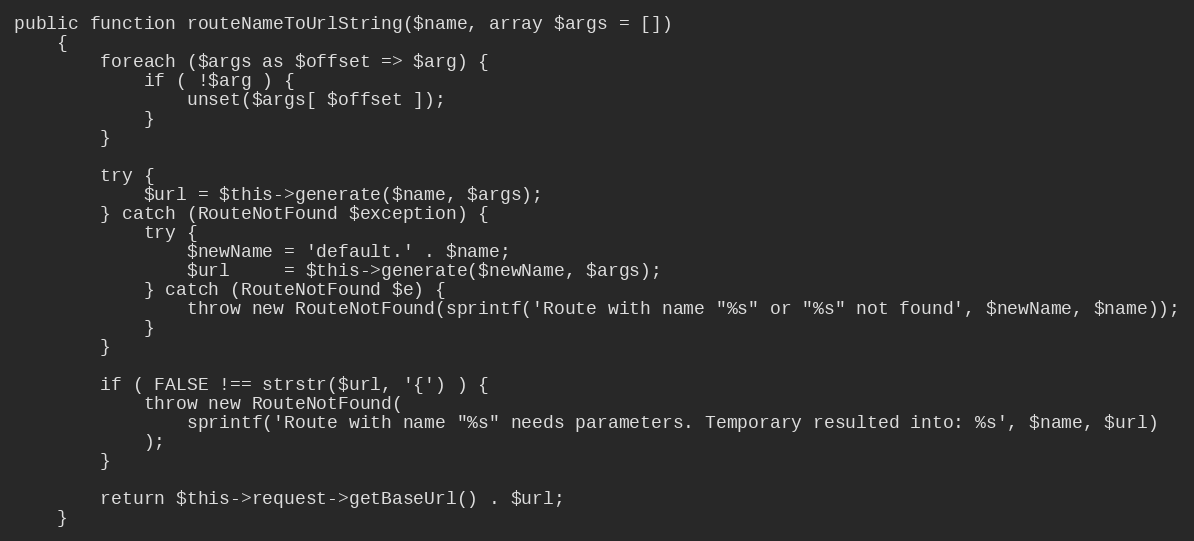
Language: PHP
public function routeNameToUrlString($name, array $args = [])
    {
        foreach ($args as $offset => $arg) {
            if ( !$arg ) {
                unset($args[ $offset ]);
            }
        }

        try {
            $url = $this->generate($name, $args);
        } catch (RouteNotFound $exception) {
            try {
                $newName = 'default.' . $name;
                $url     = $this->generate($newName, $args);
            } catch (RouteNotFound $e) {
                throw new RouteNotFound(sprintf('Route with name "%s" or "%s" not found', $newName, $name));
            }
        }

        if ( FALSE !== strstr($url, '{') ) {
            throw new RouteNotFound(
                sprintf('Route with name "%s" needs parameters. Temporary resulted into: %s', $name, $url)
            );
        }

        return $this->request->getBaseUrl() . $url;
    }